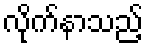
လိုက်နာသည့်